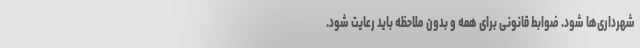
شهرداری‌ها شود. ضوابط قانونی برای همه و بدون ملاحظه باید رعایت شود.